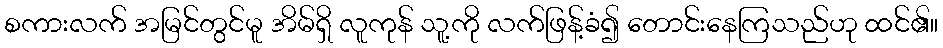
စကားလက် အမြင်တွင်မူ အိမ်ရှိ လူကုန် သူ့ကို လက်ဖြန့်ခံ၍ တောင်းနေကြသည်ဟု ထင်၏။